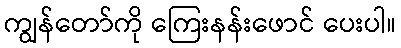
ကျွန်တော်ကို ကြေးနန်းဖောင် ပေးပါ။